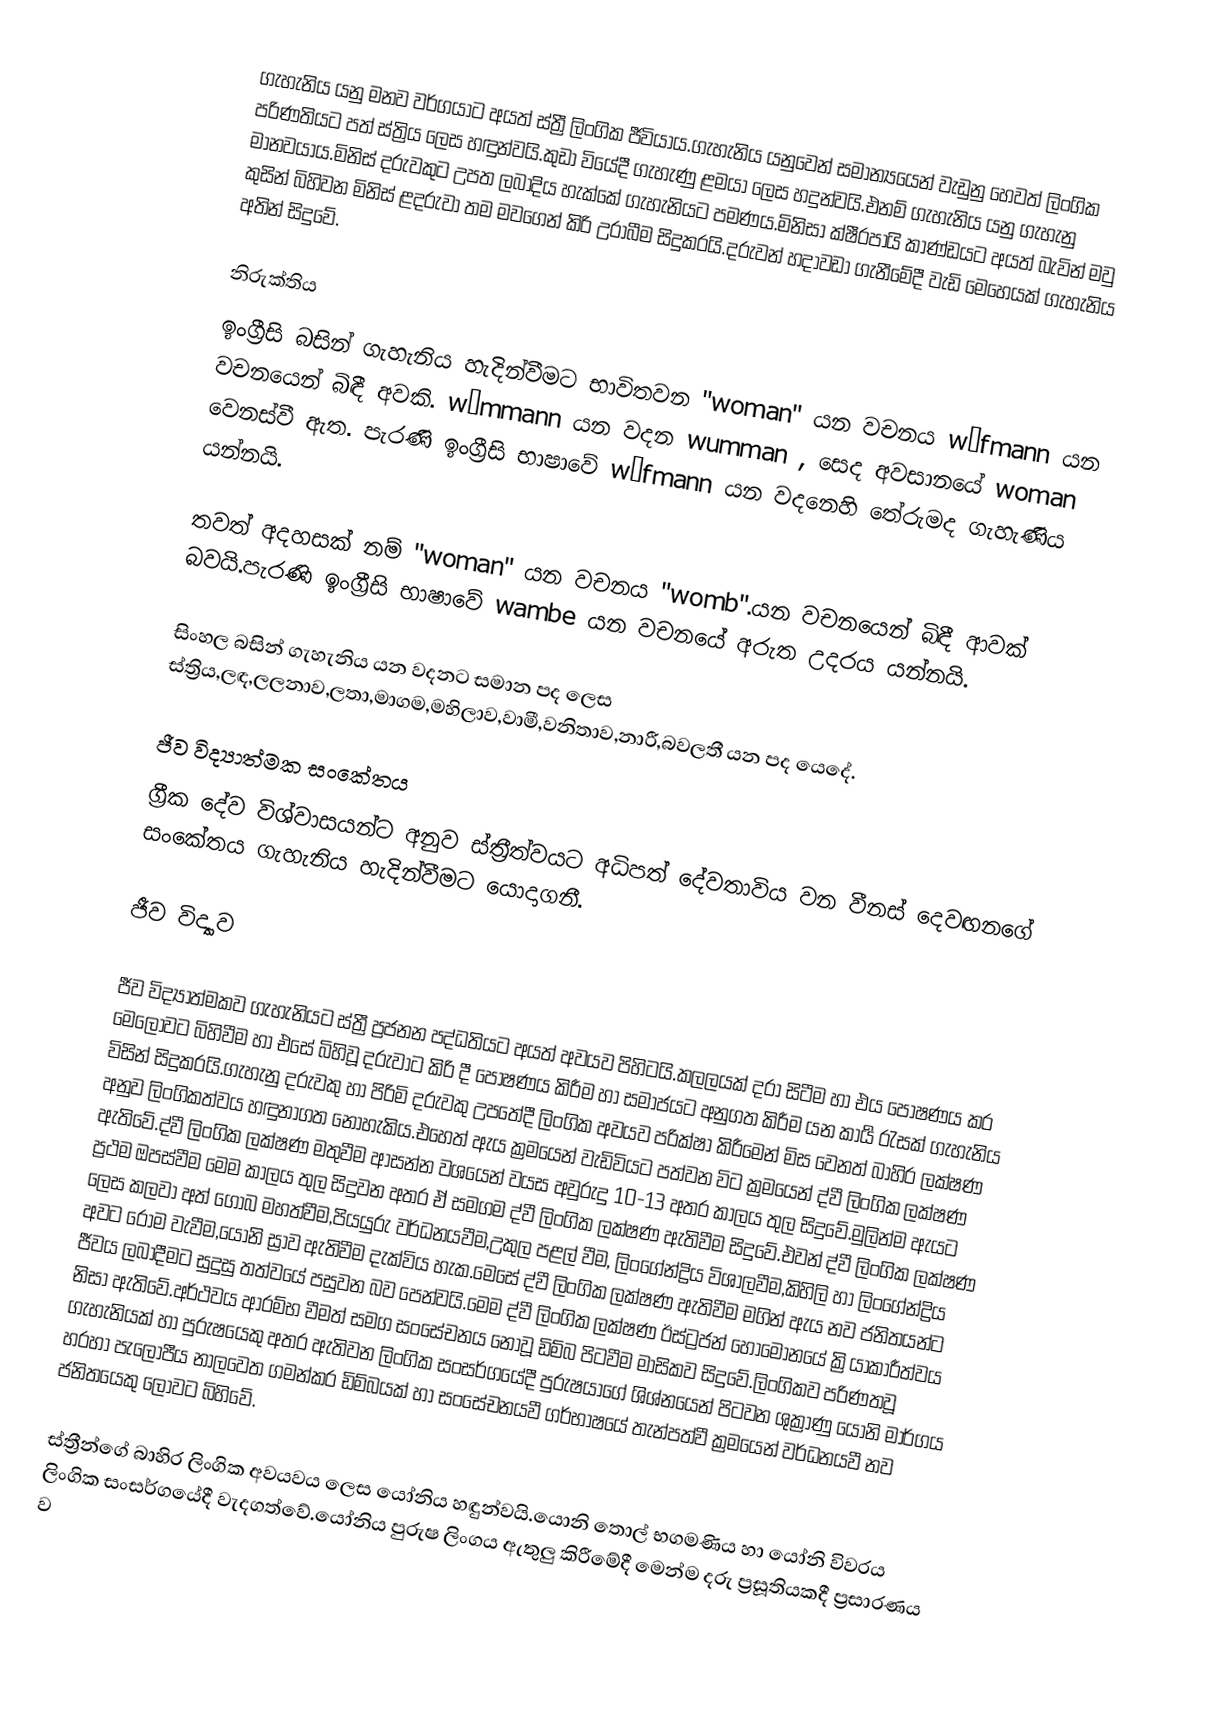
ගැහැනිය යනු මනව වර්ගයාට අයත් ස්ත්‍රී ලිංගික ජීවියාය.ගැහැනිය යනුවෙන් සමාන්‍යයෙන් වැඩුනු හෙවත් ලිංගික පරිණතියට පත් ස්ත්‍රිය ලෙස හඳුන්වයි.කුඩා වියේදී ගැහැණු ළමයා ලෙස හදුන්වයි.එනම් ගැහැනිය යනු ගැහැනු මානවයාය.මිනිස් දරුවකුට උපත ලබාදිය හැක්කේ ගැහැනියට පමණය.මිනිසා ක්ෂීරපායි කාණ්ඩයට අයත් බැවින් මවු කුසින් බිහිවන මිනිස් ළදරුවා තම මවගෙන් කිරි උරාබීම සිදුකරයි.දරුවන් හදාවඩා ගැනීමේදී වැඩි මෙහෙයක් ගැහැනිය අතින් සිදුවේ.

නිරුක්තිය
ඉංග්‍රීසි බසින් ගැහැනිය හැදින්වීමට භාවිතවන "woman" යන වචනය  wīfmann යන වචනයෙන් බිඳී අවකි.  wīmmann යන වදන wumman , සෙද අවසානයේ  woman වෙනස්වී ඇත.  පැරණි ඉංග්‍රීසි භාෂාවේ  wīfmann යන වදනෙහි තේරුමද ගැහැණිය යන්නයි.

තවත් අදහසක් නම් "woman" යන වචනය  "womb".යන වචනයෙන් බිඳී ආවක් බවයි.පැරණි ඉංග්‍රීසි භාෂාවේ wambe යන වචනයේ අරුත උදරය යන්නයි.

සිංහල බසින් ගැහැනිය යන වදනට සමාන පද ලෙස ස්ත්‍රිය,ලඳ,ලලනාව,ලතා,මාගම,මහිලාව,වාමී,වනිතාව,නාරී,බවලතී යන පද යෙදේ.

ජීව විද්‍යාත්මක සංකේතය
ග්‍රීක දේව විශ්වාසයන්ට අනුව ස්ත්‍රීත්වයට අධිපත් දේවතාවිය වන වීනස් දෙවඟනගේ සංකේතය ගැහැනිය හැදින්වීමට යොදාගනී.

ජීව විද්‍යාව

ජීව විද්‍යාත්මකව ගැහැනියට ස්ත්‍රී ප්‍රජනන පද්ධතියට අයත් අවයව පිහිටයි.කලලයක් දරා සිටීම හා එය පොෂණය කර මෙලොවට බිහිවීම හා එසේ බිහිවූ දරුවාට කිරි දී පොෂණය කිරීම හා සමාජයට අනුගත කිරීම යන කාර්‍ය රැසක් ගැහැනිය විසින් සිදුකරයි.ගැහැනු දරුවකු හා පිරිමි දරුවකු උපතේදී ලිංගික අවයව පරික්ෂා කිරීමෙන් මිස වෙනත් බාහිර ලක්ෂණ අනුව ලිංගිකත්වය හඳුනාගත නොහැකිය.එහෙත් ඇය ක්‍රමයෙන් වැඩිවියට පත්වන විට ක්‍රමයෙන් ද්වී ලිංගික ලක්ෂණ ඇතිවේ.ද්වී ලිංගික ලක්ෂණ මතුවීම ආසන්න වශයෙන් වයස අවුරුදු 10-13 අතර කාලය තුල සිදුවේ.මුලින්ම ඇයට ප්‍රථම ඔපස්වීම මෙම කාලය තුල සිදුවන අතර ඒ සමගම ද්වී ලිංගික ලක්ෂණ ඇතිවීම සිදුවේ.එවන් ද්වී ලිංගික ලක්ෂණ ලෙස කලවා අත් ගොබ මහත්වීම,පියයුරු වර්ධනයවීම,උකුල පළල් වීම, ලිංගේන්ද්‍රිය විශාලවීම,කිහිලි හා ලිංගේන්ද්‍රිය අවට රෝම වැවීම,යෝනි ස්‍රාව ඇතිවීම දැක්විය හැක.මෙසේ ද්වී ලිංගික ලක්ෂණ ඇතිවීම මගින් ඇය නව ජනිතයන්ට ජීවය ලබාදීමට සුදුසු තත්වයේ පසුවන බව පෙන්වයි.මෙම ද්වී ලිංගික ලක්ෂණ ඊස්ට්‍රජන් හෝමොනයේ ක්‍රියාකාරීත්වය නිසා ඇතිවේ.අර්ථවය ආරම්භ වීමත් සමග සංසේචනය නොවූ ඩිම්බ පිටවීම මාසිකව සිදුවේ.ලිංගිකව පරිණතවූ ගැහැනියක් හා පුරුෂයෙකු අතර ඇතිවන ලිංගික සංසර්ගයේදී පුරුෂයාගේ ශිශ්නයෙන් පිටවන ශුක්‍රාණු යෝනි  මාර්ගය හරහා පැලෝපීය නාලවෙත ගමන්කර ඩිම්බයක් හා සංසේචනයවී ගර්භාෂයේ තැන්පත්වී ක්‍රමයෙන් වර්ධනයවී  නව ජනිතයෙකු ලොවට බිහිවේ.

ස්ත්‍රීන්ගේ බාහිර ලිංගික අවයවය ලෙස යෝනිය හඳුන්වයි.යොනි තොල් භගමණිය හා යෝනි විවරය ලිංගික සංසර්ගයේදී වැදගත්වේ.යෝනිය පුරුෂ ලිංගය ඇතුලු කිරීමේදී මෙන්ම දරු ප්‍රසූතියකදී  ප්‍රසාරණය ව